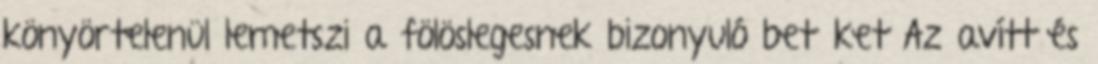
könyörtelenül lemetszi a fölöslegesnek bizonyuló betűket Az avítt és